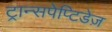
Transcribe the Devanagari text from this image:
ट्रान्सपेप्टिडेज़